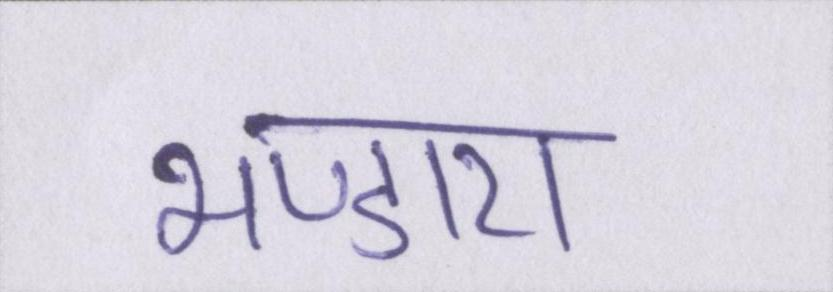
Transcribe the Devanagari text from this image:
भण्डारा